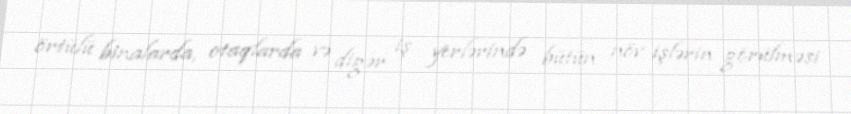
örtülü binalarda, otaqlarda və digər iş yerlərində bütün növ işlərin görülməsi